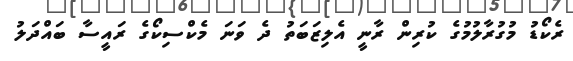
ރެކޯޑު މުގުރާލުމުގެ ކުރިން ރާނީ އެލިޒަބަތު ދެ ވަނަ މެކްސިކޯގެ ރައީސާ ބައްދަލު